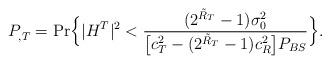
LaTeX: \begin{align*} P^{}_{,T} = \mathrm{Pr}\Big\{ |H^T|^2 < \frac{(2^{\Tilde{R}_T}-1)\sigma^2_0}{\big[c^2_T-(2^{\Tilde{R}_T}-1)c^2_R\big]P_{BS}} \Big\}. \end{align*}